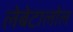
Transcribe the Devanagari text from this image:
लेबेटालोल